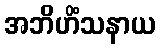
အဘိဟိံသနာယ